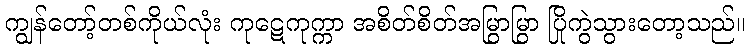
ကျွန်တော့်တစ်ကိုယ်လုံး ကုဋေကုက္ကာ အစိတ်စိတ်အမြွာမြွာ ပြိုကွဲသွားတော့သည်။